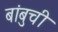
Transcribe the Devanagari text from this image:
बांबुची